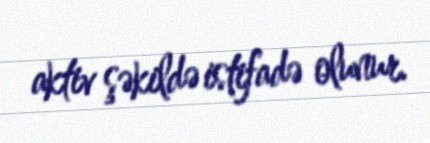
aktiv şəkildə istifadə olunur.